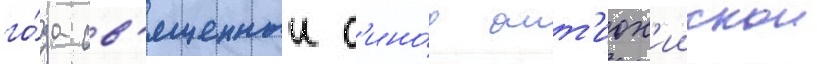
го́да св'ященныи с'ино́д ант'иох'иискои